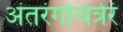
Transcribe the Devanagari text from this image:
अंतरंगचित्रेरं